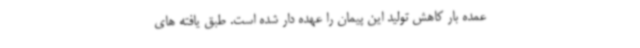
عمده بار کاهش تولید این پیمان را عهده دار شده است. طبق یافته های